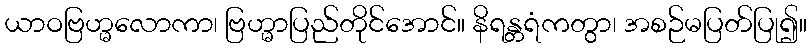
ယာဝဗြဟ္မလောကာ၊ ဗြဟ္မာပြည်တိုင်အောင်။ နိရန္တရံကတွာ၊ အစဉ်မပြတ်ပြု၍။